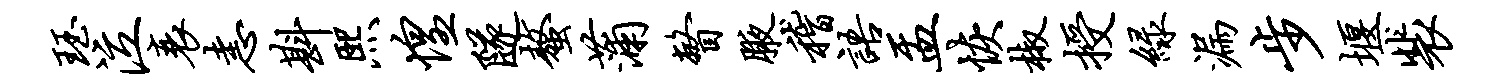
珏泣衰恚斟熙惶隧螯蒲瞥腋稽语盂恢椒授绿漏步堰裴